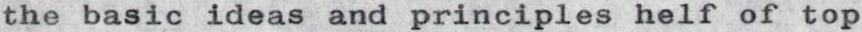
the basic ideas and principles helf of top